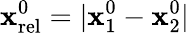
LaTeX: \mathbf{x}_{\mathrm{{rel}}}^{0}=|\mathbf{x}_{1}^{0}-\mathbf{x}_{2}^{0}|